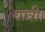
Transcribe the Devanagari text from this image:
यात्री।